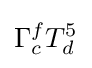
\Gamma _{c}^{f}T_{d}^{5}